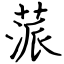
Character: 蒎